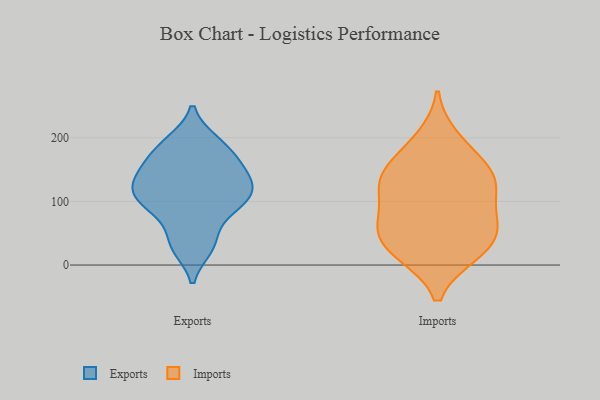
{"axis": {"x": "Churn Rate (%)", "y": "Value"}, "legend": ["Exports", "Imports"], "data": [{"x": "", "y": 193, "type": "Exports"}, {"x": "", "y": 110, "type": "Exports"}, {"x": "", "y": 114, "type": "Exports"}, {"x": "", "y": 148, "type": "Exports"}, {"x": "", "y": 113, "type": "Exports"}, {"x": "", "y": 127, "type": "Exports"}, {"x": "", "y": 185, "type": "Exports"}, {"x": "", "y": 30, "type": "Exports"}, {"x": "", "y": 38, "type": "Exports"}, {"x": "", "y": 105, "type": "Exports"}, {"x": "", "y": 99, "type": "Exports"}, {"x": "", "y": 88, "type": "Exports"}, {"x": "", "y": 79, "type": "Exports"}, {"x": "", "y": 144, "type": "Exports"}, {"x": "", "y": 192, "type": "Exports"}, {"x": "", "y": 28, "type": "Exports"}, {"x": "", "y": 135, "type": "Exports"}, {"x": "", "y": 167, "type": "Exports"}, {"x": "", "y": 158, "type": "Exports"}, {"x": "", "y": 19, "type": "Imports"}, {"x": "", "y": 199, "type": "Imports"}, {"x": "", "y": 63, "type": "Imports"}, {"x": "", "y": 23, "type": "Imports"}, {"x": "", "y": 137, "type": "Imports"}, {"x": "", "y": 64, "type": "Imports"}, {"x": "", "y": 143, "type": "Imports"}, {"x": "", "y": 68, "type": "Imports"}, {"x": "", "y": 56, "type": "Imports"}, {"x": "", "y": 118, "type": "Imports"}, {"x": "", "y": 174, "type": "Imports"}, {"x": "", "y": 120, "type": "Imports"}, {"x": "", "y": 136, "type": "Imports"}, {"x": "", "y": 18, "type": "Imports"}]}